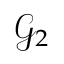
\mathcal { G } _ { 2 }